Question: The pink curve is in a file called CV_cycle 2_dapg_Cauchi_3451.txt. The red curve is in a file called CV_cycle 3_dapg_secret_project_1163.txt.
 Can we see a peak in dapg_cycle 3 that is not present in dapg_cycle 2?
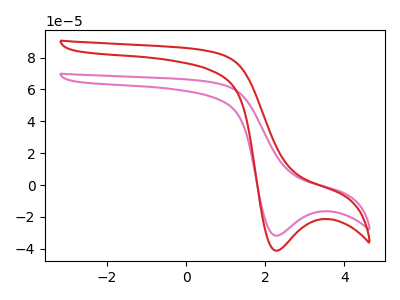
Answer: <think>The pink curve "dapg_cycle 2" has a cathodic peak at: (2.30V, -31.80uA). The red curve "dapg_cycle 3" has a cathodic peak at: (2.30V, -41.25uA).
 All the peaks in "dapg_cycle 3" have a peak in "dapg_cycle 2" at the same potential. Every peak in "dapg_cycle 3" is higher than every peak in "dapg_cycle 2".</think>
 <answer>No, "dapg_cycle 3" and "dapg_cycle 2" don't appear to be significantly different in shape</answer>
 <eval>no_change</eval>